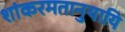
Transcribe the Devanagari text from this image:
शांकरमतानुयायि